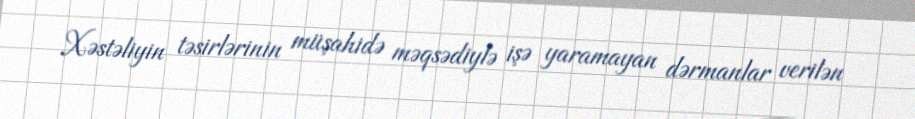
Xəstəliyin təsirlərinin müşahidə məqsədiylə işə yaramayan dərmanlar verilən